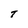
Character: T